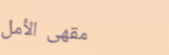
مقهى الأمل